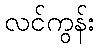
လင်ကွန်း